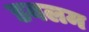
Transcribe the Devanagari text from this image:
डबलम